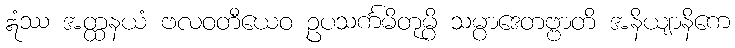
ဣံဿ အတ္ထနယံ ဗလဝတီယေဝ ဥပသင်္ကမိတုမ္ပိ သမ္ပာဒေတဗ္ဗာတိ အနိယျာနိကေ